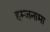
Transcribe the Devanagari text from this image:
हम्जनामा